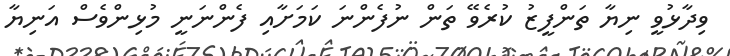
ވިދާޅުވީ ނިޔާ ތަންފީޒު ކުރެވޭ ތަން ނުފެންނަ ކަމަށާއި ފެންނަނީ މުޅިންވެސް އަނިޔާ